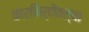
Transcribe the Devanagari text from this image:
कारकिर्दीतल्या